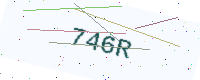
Text: 746R